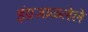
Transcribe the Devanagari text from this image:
इंग्रजाळलेले